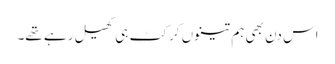
اس دن بھی ہم تینوں کرکٹ ہی کھیل رہے تھے۔